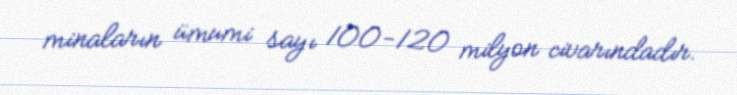
minaların ümumi sayı 100-120 milyon civarındadır.